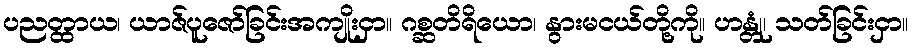
ပညတ္ထာယ၊ ယာဇ်ပူဇော်ခြင်းအကျိုးငှာ။ ဂစ္ဆတိရိယော၊ နွားမငယ်တို့ကို။ ဟန္တုံ၊ သတ်ခြင်းငှာ။